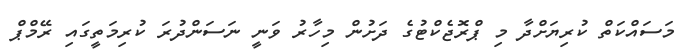
މަސައްކަތް ކުރިޔަށްދާ މި ޕްރޮޖެކްޓުގެ ދަށުން މިހާރު ވަނީ ނަސަންދުރަ ކުރިމަތީގައި ރޭމްޕް